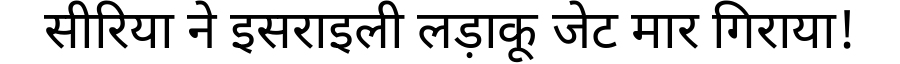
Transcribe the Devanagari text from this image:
सीरिया ने इसराइली लड़ाकू जेट मार गिराया!